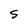
Character: S